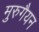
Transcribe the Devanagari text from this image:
मुरुगैयन